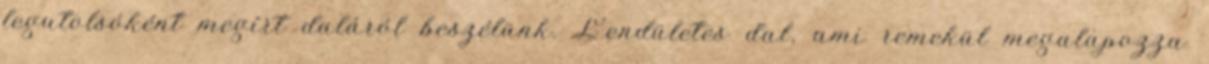
legutolsóként megírt daláról beszélünk. Lendületes dal, ami remekül megalapozza